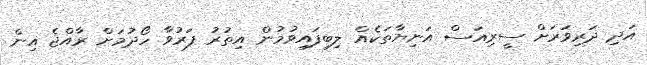
އަދި ދަރިވަރަށް ސީރިއަސް އަނިޔާތަކެއް ލިބިފައިވުމުން އިތުރު ފަރުވާ ހޯދުމަށް ރާއްޖެ އިން